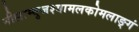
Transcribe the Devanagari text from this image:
नीलाम्बुजश्यामलकोमलाङ्गं